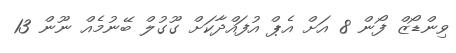
ވިންޑޯޒް ފޯން 8 އަށް އެޕް އުފައްދާކަށް ގޫގުލް ބޭނުމެއް ނޫން 13